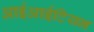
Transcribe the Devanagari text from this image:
आईआईटियन